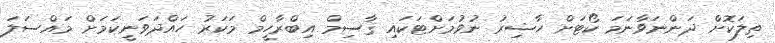
ތިލަކޮށް ދަންނަވާނަމަ ކޯޓަށް ހާޟިރު ނުވުމަށްޓަކައި ޤާސިމް އިބްރާހީމް މަކަރު ހައްދަވަނީކަމަށް މައްސަލަ